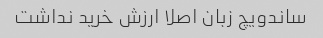
ساندویچ زبان اصلا ارزش خرید نداشت